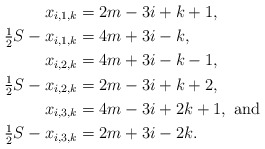
\begin{align*}x_{i,1,k} &= 2m-3i+k+1, \\\tfrac{1}{2} S -x_{i,1,k} &= 4m+3i-k, \\x_{i,2,k} &= 4m+3i-k-1, \\\tfrac{1}{2} S - x_{i,2,k} &= 2m-3i+k+2, \\x_{i,3,k} &= 4m-3i+2k+1, \mbox{ and } \\\tfrac{1}{2} S - x_{i,3,k} &= 2m+3i-2k. \end{align*}